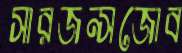
সারজন্সজোব